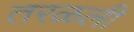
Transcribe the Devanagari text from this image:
तरळली